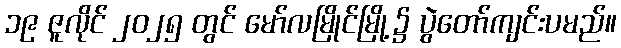
၁၉ ဇူလိုင် ၂၀၂၅ တွင် မော်လမြိုင်မြို့၌ ပွဲတော်ကျင်းပမည်။